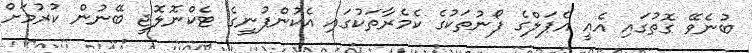
ބުނެވޭ ގޮތުގައި އެއީ އެޕަލްގެ ފޯނުތަކުގެ ކެމެރާތަކުގައި އެކުންފުނީގެ ޓެކްނޮލޮޖީ ބޭނުން ކުރުމަށް